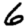
Digit: 6